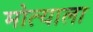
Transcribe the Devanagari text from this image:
मोत्याला